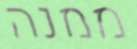
ממנה